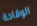
الوقاحة